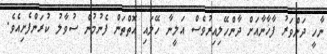
ނާހީ ދަންވަރު ފާޚާނާއަށް ދާންހޭލިއިރުވެސް އަލީނާ ހޭލައި އޮތްތަން ފެނުމުން ސުވާލު ކުރަންފެށިއެވެ.